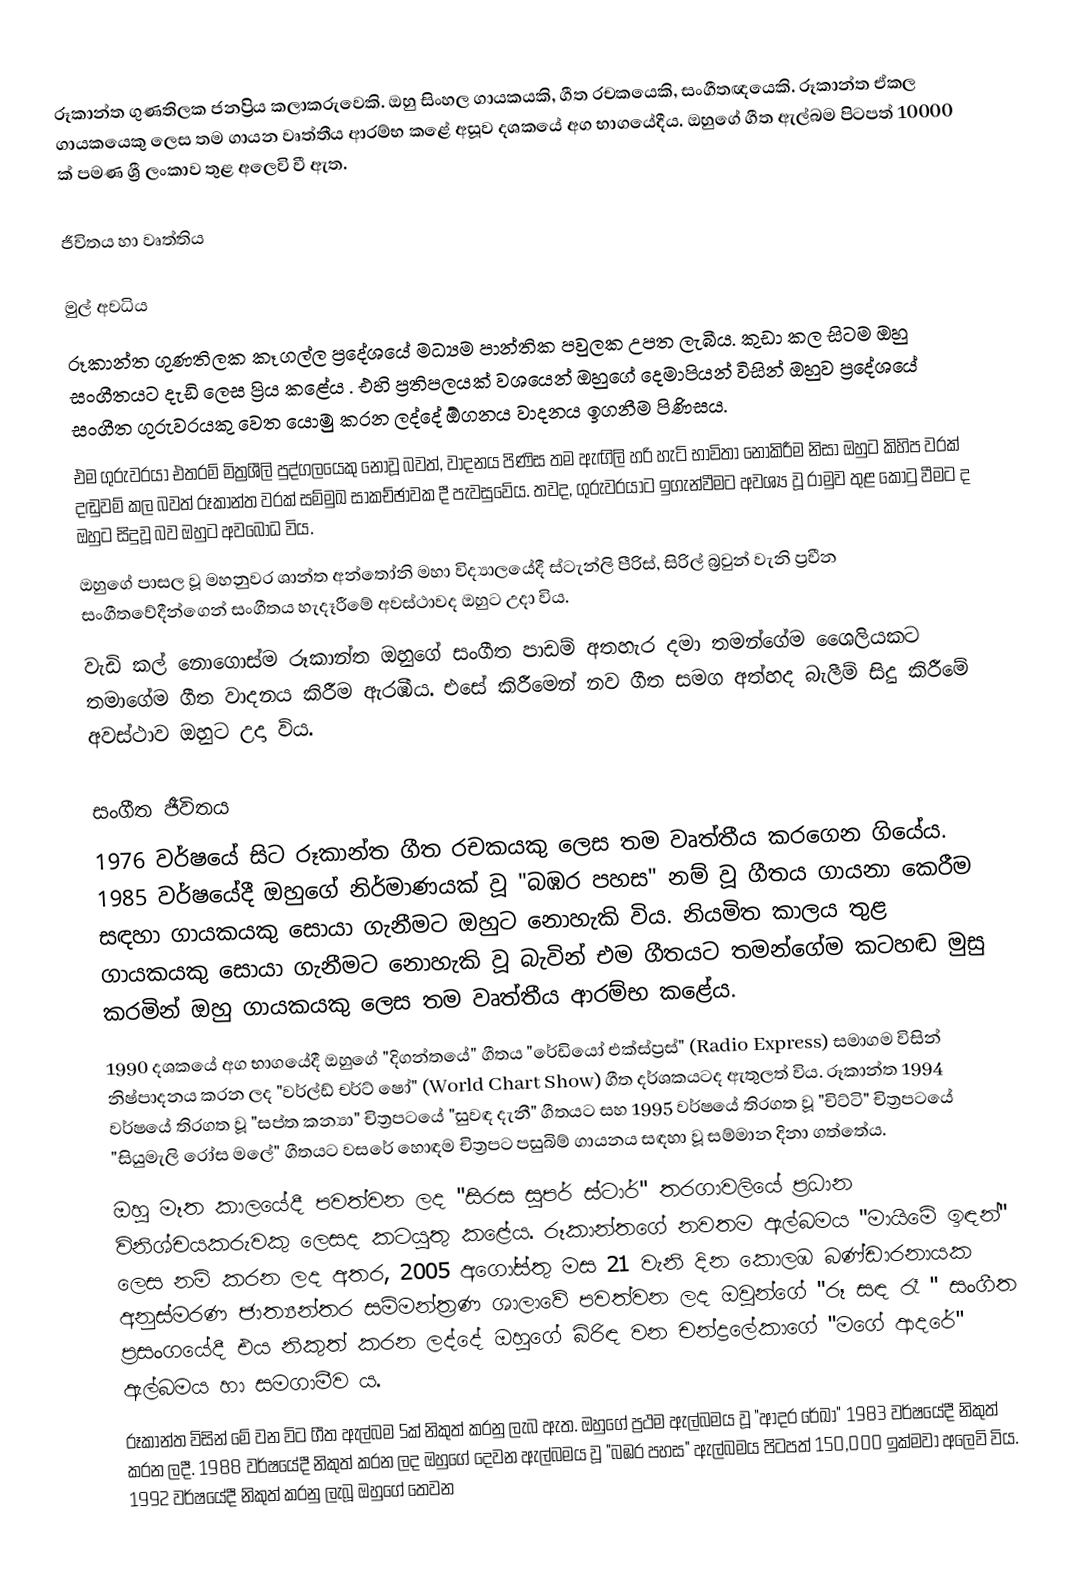
රූකාන්ත ගුණතිලක ජනප්‍රිය කලාකරුවෙකි. ඔහු සිංහල ගායකයකි, ගීත රචකයෙකි, සංගීතඥයෙකි. රූකාන්ත  ඒකල ගායකයෙකු ලෙස තම ගායන වෘත්තීය ආරම්භ කළේ අසූව දශකයේ අග භාගයේදීය. ඔහුගේ ගීත ඇල්බම පිටපත් 10000 ක් පමණ ශ්‍රී ලංකාව තුළ අලෙවි වී ඇත.

ජීවිතය හා වෘත්තිය

මුල් අවධිය
රූකාන්ත ගුණතිලක කෑගල්ල ප්‍රදේශයේ මධ්‍යම පාන්තික පවුලක උපත ලැබීය. කුඩා කල සිටම ඔහු සංගීතයට දැඩි ලෙස ප්‍රිය කළේය . එහි ප්‍රතිපලයක් වශයෙන් ඔහුගේ දෙමාපියන් විසින් ඔහුව ප්‍රදේශයේ සංගීත ගුරුවරයකු වෙත යොමු කරන ලද්දේ ඕගනය වාදනය ඉගනීම පිණිසය.
එම ගුරුවරයා එතරම් මිත්‍රශීලි පුද්ගලයෙකු නොවූ බවත්, වාදනය පිණිස තම ඇඟිලි හරි හැටි භාවිතා නොකිරීම නිසා ඔහුට කිහිප වරක් දඬුවම් කල බවත් රූකාන්ත වරක් සම්මුඛ සාකච්ඡාවක දී පැවසුවේය. තවද, ගුරුවරයාට ඉගැන්වීමට අවශ්‍ය වූ රාමුව තුළ කොටු වීමට ද ඔහුට සිදුවූ බව ඔහුට අවබෝධ විය.
ඔහුගේ පාසල වූ මහනුවර ශාන්ත අන්තෝනි මහා විද්‍යාලයේදී ස්ටැන්ලි පීරිස්, සිරිල් බ්‍රවුන් වැනි ප්‍රවීන සංගීතවේදීන්ගෙන් සංගීතය හැදෑරීමේ අවස්ථාවද ඔහුට උදා විය.
වැඩි කල් නොගොස්ම රූකාන්ත ඔහුගේ සංගීත පාඩම් අතහැර දමා තමන්ගේම ශෛලියකට තමාගේම ගීත වාදනය කිරීම ඇරඹීය. එසේ කිරීමෙන් නව ගීත සමග අත්හද බැලීම් සිදු කිරීමේ අවස්ථාව ඔහුට උදා විය.

සංගීත ජීවිතය
1976 වර්ෂයේ සිට රූකාන්ත ගීත රචකයකු ලෙස තම වෘත්තීය කරගෙන ගියේය. 1985 වර්ෂයේදී ඔහුගේ නිර්මාණයක් වූ "බඹර පහස" නම් වූ ගීතය ගායනා කෙරීම සඳහා ගායකයකු සොයා ගැනීමට ඔහුට නොහැකි විය. නියමිත කාලය තුළ ගායකයකු සොයා ගැනීමට නොහැකි වූ බැවින් එම ගීතයට තමන්ගේම කටහඬ මුසු කරමින් ඔහු ගායකයකු ලෙස තම වෘත්තීය ආරම්භ කළේය.
1990 දශකයේ අග භාගයේදී ඔහුගේ "දිගන්තයේ" ගීතය "රේඩියෝ එක්ස්ප්‍රස්" (Radio Express) සමාගම විසින් නිෂ්පාදනය කරන ලද "වර්ල්ඩ් චර්ට් ෂෝ" (World Chart Show) ගීත දර්ශකයටද ඇතුලත් විය.  රූකාන්ත 1994 වර්ෂයේ තිරගත වූ "සප්ත කන්‍යා" චිත්‍රපටයේ "සුවඳ දැනී" ගීතයට  සහ 1995 වර්ෂයේ තිරගත වූ "චිට්ටි" චිත්‍රපටයේ "සියුමැලි රෝස මලේ" ගීතයට වසරේ හොඳම  චිත්‍රපට පසුබිම් ගායනය සඳහා වූ සම්මාන දිනා ගත්තේය.
ඔහු මෑත කාලයේදී පවත්වන ලද "සිරස සුපර් ස්ටාර්" තරගාවලියේ ප්‍රධාන විනිශ්චයකරුවකු ලෙසද කටයුතු කළේය. රූකාන්තගේ නවතම ඇල්බමය "මායිමේ ඉඳන්" ලෙස නම් කරන ලද අතර, 2005 අගෝස්තු මස 21 වැනි දින කොලඹ බණ්ඩාරනායක අනුස්මරණ ජාත්‍යන්තර සම්මන්ත්‍රණ ශාලාවේ පවත්වන ලද ඔවුන්ගේ "රූ සඳ රෑ " සංගීත ප්‍රසංගයේදී  එය නිකුත් කරන ලද්දේ ඔහුගේ බිරිඳ වන චන්ද්‍රලේකාගේ "මගේ ආදරේ" ඇල්බමය හා සමගාමීව ය.
රූකාන්ත විසින් මේ වන විට ගීත ඇල්බම 5ක් නිකුත් කරනු ලැබ ඇත. ඔහුගේ ප්‍රථම ඇල්බමය වූ "ආදර රේඛා" 1983 වර්ෂයේදී නිකුත් කරන ලදී. 1988 වර්ෂයේදී නිකුත් කරන ලද ඔහුගේ දෙවන ඇල්බමය වූ "බඹර පහස" ඇල්බමය පිටපත් 150,000 ඉක්මවා අලෙවි විය. 1992 වර්ෂයේදී නිකුත් කරනු ලැබූ ඔහුගේ තෙවන